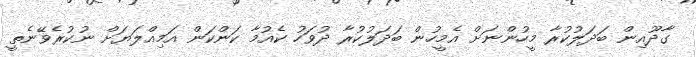
ގާދޫއިން ބަދަލުކުރާ މީހުންނަށް އެމީހުން ބަދަލުކުރާ ދުވަހު ކެއުމާ ކަންކަން އަމިއްލަޔަށް ނުކުރެވޭނެތީ